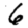
Digit: 6